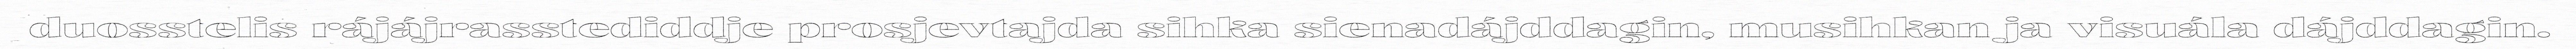
duosstelis rájájrasstediddje prosjevtajda sihka sienadájddagin, musihkan ja visuála dájddagin.